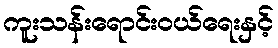
ကူးသန်းရောင်းဝယ်ရေးနှင့်